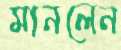
মানলেন